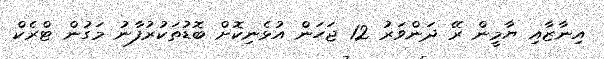
އިނާޒާއި ޔާމީން ރޭ ދަންވަރު 12 ޖަހަން އުޅެނިކޮށް ބޮޑުތަކުރުފާނު މަގުން ޓްރެކް